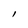
Character: l